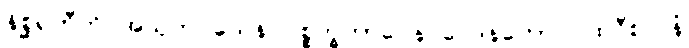
နိစ္ဆရတီတိ အသုဘဝသေန ပစ္စက္ခဘာဝေန ဝေဒနတော ပထဝီစလနံ